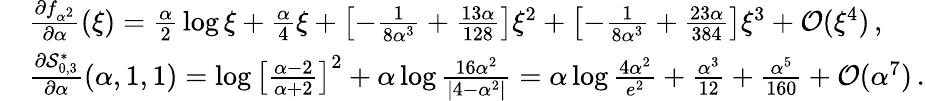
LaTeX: \begin{array}{rl}&{{\frac{\partial f_{\alpha^{2}}}{\partial\alpha}}(\xi)={\frac{\alpha}{2}}\log\xi+{\frac{\alpha}{4}}\xi+\left[-{\frac{1}{8\alpha^{3}}}+{\frac{13\alpha}{128}}\right]\xi^{2}+\left[-{\frac{1}{8\alpha^{3}}}+{\frac{23\alpha}{384}}\right]\xi^{3}+\mathcal{O}(\xi^{4})\, ,}\\ &{{\frac{\partial\mathcal{S}_{0,3}^{\ast}}{\partial\alpha}}(\alpha,1,1)=\log\left[{\frac{\alpha-2}{\alpha+2}}\right]^{2}+\alpha\log{\frac{16\alpha^{2}}{|4-\alpha^{2}|}}=\alpha\log{\frac{4\alpha^{2}}{e^{2}}}+{\frac{\alpha^{3}}{12}}+{\frac{\alpha^{5}}{160}}+\mathcal{O}(\alpha^{7})\, .}\end{array}